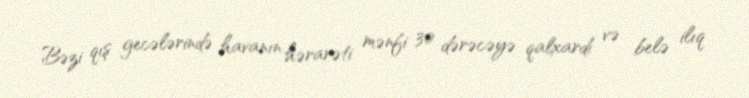
Bəzi qış gecələrində havanın hərarəti mənfi 30 dərəcəyə qalxardı və belə ilıq